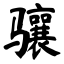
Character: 骧